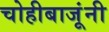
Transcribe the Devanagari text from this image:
चोहीबाजूंनी